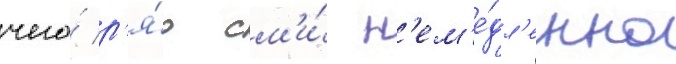
чего́ р'я́д см'и́ н'ем'е́дл'енно